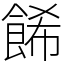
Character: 餙